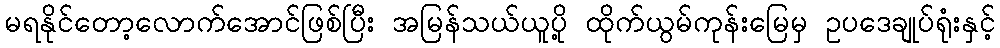
မရနိုင်တော့လောက်အောင်ဖြစ်ပြီး အမြန်သယ်ယူပို့ ထိုက်ယွမ်ကုန်းမြေမှ ဥပဒေချုပ်ရုံးနှင့်